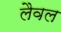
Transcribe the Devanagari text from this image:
लैवल